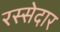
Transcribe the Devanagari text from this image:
रस्सेदार